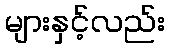
များနှင့်လည်း